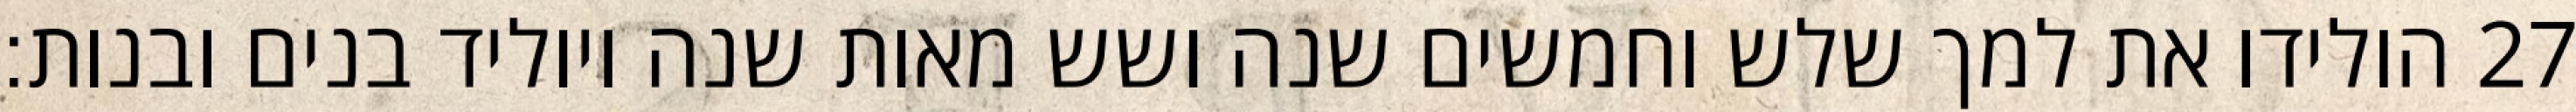
הולידו את למך שלש וחמשים שנה ושש מאות שנה ויוליד בנים ובנות׃ ‎27‏